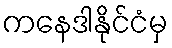
ကနေဒါနိုင်ငံမှ